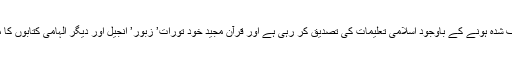
بائبل تحریف شدہ ہونے کے باوجود اسلامی تعلیمات کی تصدیق کر رہی ہے اور قرآن مجید خود تورات’ زبور’ انجیل اور دیگر الہامی کتابوں کا مصدق ہے۔